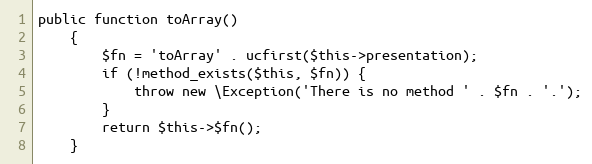
Language: PHP
public function toArray()
    {
        $fn = 'toArray' . ucfirst($this->presentation);
        if (!method_exists($this, $fn)) {
            throw new \Exception('There is no method ' . $fn . '.');
        }
        return $this->$fn();
    }